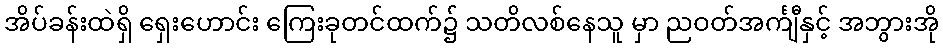
အိပ်ခန်းထဲရှိ ရှေးဟောင်း ကြေးခုတင်ထက်၌ သတိလစ်နေသူ မှာ ညဝတ်အင်္ကျီနှင့် အဘွားအို